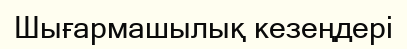
Шығармашылық кезеңдері